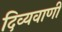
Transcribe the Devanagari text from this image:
दिव्यवाणी